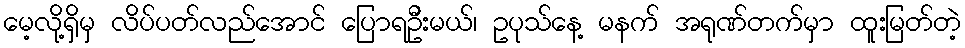
မေ့လို့ရှိမှ လိပ်ပတ်လည်အောင် ပြောရဦးမယ်၊ ဥပုသ်နေ့ မနက် အရုဏ်တက်မှာ ထူးမြတ်တဲ့